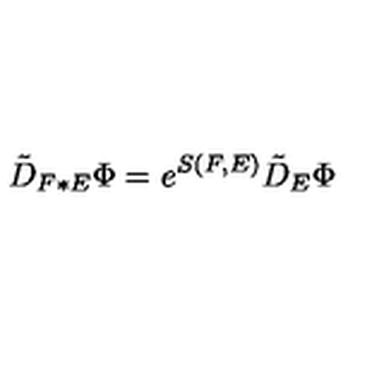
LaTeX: \tilde { D } _ { F \ast E } \Phi = e ^ { S ( F , E ) } \tilde { D } _ { E } \Phi